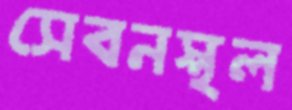
সেবনস্থল